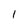
Character: 1